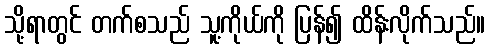
သို့ရာတွင် တက်စသည် သူ့ကိုယ်ကို ပြန်၍ ထိန်းလိုက်သည်။